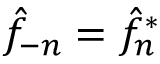
\hat { f } _ { - n } = \hat { f } _ { n } ^ { * }